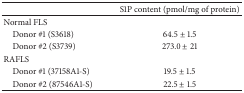
|  | S1P content (pmol/mg of protein) |
 | --- | --- |
 | Normal FLS |  |
 | Donor #1 (S3618) | 64.5 ± 1.5 |
 | Donor #2 (S3739) | 273.0 ± 21 |
 | RAFLS |  |
 | Donor #1 (37158A1-S) | 19.5 ± 1.5 |
 | Donor #2 (87546A1-S) | 22.5 ± 1.5 |